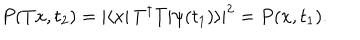
P ( T x , t _ { 2 } ) = \left| \langle x \right| T ^ { \dagger } T \left| \psi ( t _ { 1 } ) \rangle \right| ^ { 2 } = P ( x , t _ { 1 } ) .